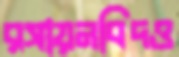
রসায়নবিদও